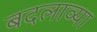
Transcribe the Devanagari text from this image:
बदलाव्या